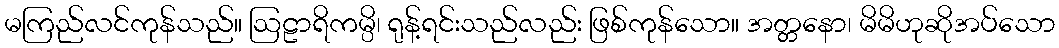
မကြည်လင်ကုန်သည်။ ဩဠာရိကမ္ပိ၊ ရုန့်ရင်းသည်လည်း ဖြစ်ကုန်သော။ အတ္တနော၊ မိမိဟုဆိုအပ်သော